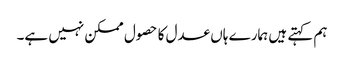
ہم کہتے ہیں ہمارے ہاں عدل کا حصول ممکن نہیں ہے۔